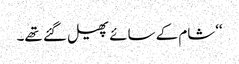
‘‘شام کے سائے پھیل گئے تھے۔